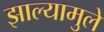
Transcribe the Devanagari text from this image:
झाल्यामुले